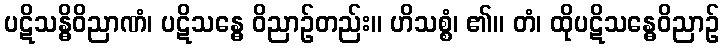
ပဋိသန္ဓိဝိညာဏံ၊ ပဋိသန္ဓေ ဝိညာဉ်တည်း။ ဟိသစ္စံ၊ ၏။ တံ၊ ထိုပဋိသန္ဓေဝိညာဉ်